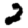
Digit: 2